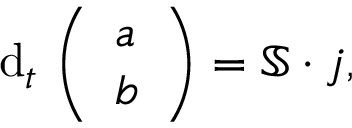
\mathrm { d } _ { t } \, \left( \begin{array} { l } { a } \\ { b } \end{array} \right) = \mathbb { S } \cdot \boldsymbol { j } ,